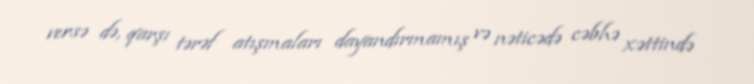
versə də, qarşı tərəf atışmaları dayandırmamış və nəticədə cəbhə xəttində